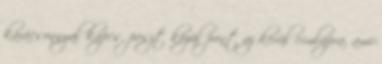
karácsonnyal kapcs. poszt közül pont az kerül címlapra, ami